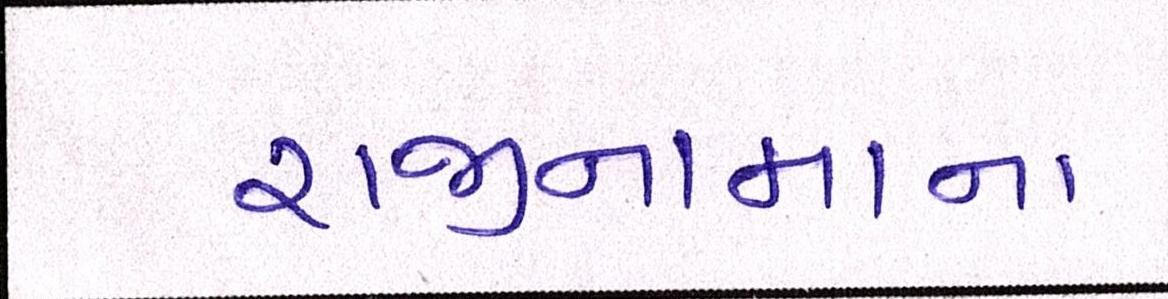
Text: રાજીનામાના